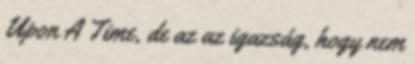
Upon A Time, de az az igazság, hogy nem